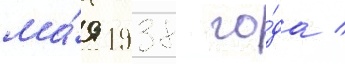
ма́я 1938 го́да /